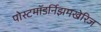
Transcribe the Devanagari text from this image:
पोस्टमॉडर्निझमखेरिज